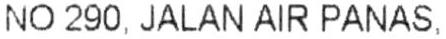
NO 290, JALAN AIR PANAS,